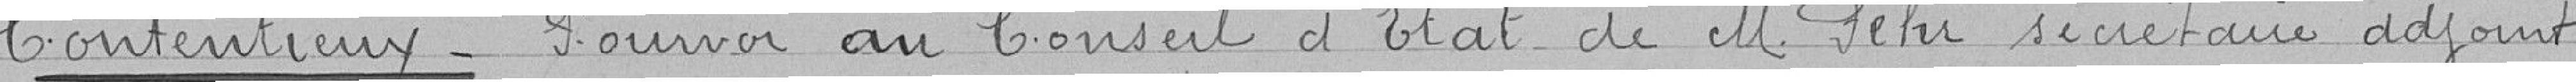
Contentieux_ Pourvoi au Conseil d'Etat de M Fihr secrétaire adjoint